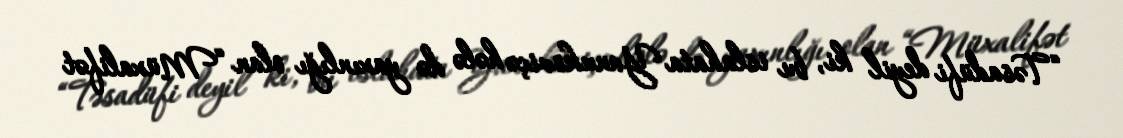
“Təsadüfi deyil ki, bu islahata Yanukoviçə hələ də yaxınlığı olan “Müxalifət